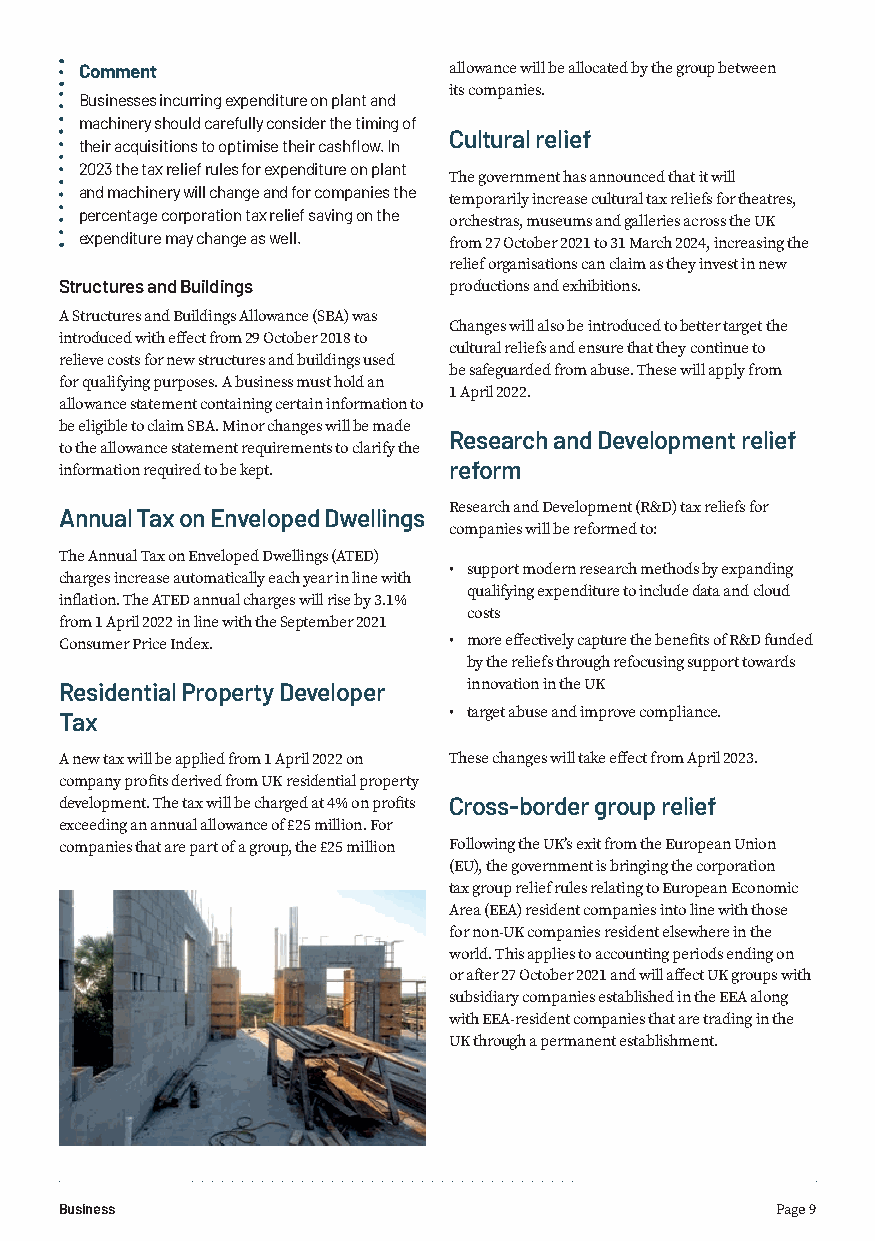
Comment                  allowance will be allocated by the group between
 its companies.
 Businesses incurring expenditure on plant and
 machinery should carefully consider the timing of
 Cultural relief
 their acquisitions to optimise their cashflow. In
 2023 the tax relief rules for expenditure on plant
 The government has announced that it will
 and machinery will change and for companies the
 temporarily increase cultural tax reliefs for theatres,
 percentage corporation tax relief saving on the
 orchestras, museums and galleries across the UK
 expenditure may change as well.
 from 27 October 2021 to 31 March 2024, increasing the
 relief organisations can claim as they invest in new
 Structures and Buildings  productions and exhibitions.
 A Structures and Buildings Allowance (SBA) was
 Changes will also be introduced to better target the
 introduced with effect from 29 October 2018 to
 cultural reliefs and ensure that they continue to
 relieve costs for new structures and buildings used
 be safeguarded from abuse. These will apply from
 for qualifying purposes. A business must hold an
 1 April 2022.
 allowance statement containing certain information to
 be eligible to claim SBA. Minor changes will be made
 Research and Development relief
 to the allowance statement requirements to clarify the
 information required to be kept. reform
 Annual Tax on Enveloped Dwellings Research and Development (R&D) tax reliefs for
 companies will be reformed to:
 The Annual Tax on Enveloped Dwellings (ATED)
 • support modern research methods by expanding
 charges increase automatically each year in line with
 qualifying expenditure to include data and cloud
 inflation. The ATED annual charges will rise by 3.1%
 costs
 from 1 April 2022 in line with the September 2021
 Consumer Price Index.     • more effectively capture the benefits of R&D funded
 by the reliefs through refocusing support towards
 Residential Property Developer innovation in the UK
 Tax                       • target abuse and improve compliance.
 A new tax will be applied from 1 April 2022 on These changes will take effect from April 2023.
 company profits derived from UK residential property
 development. The tax will be charged at 4% on profits Cross-border group relief
 exceeding an annual allowance of £25 million. For
 companies that are part of a group, the £25 million Following the UK’s exit from the European Union
 (EU), the government is bringing the corporation
 tax group relief rules relating to European Economic
 Area (EEA) resident companies into line with those
 for non-UK companies resident elsewhere in the
 world. This applies to accounting periods ending on
 or after 27 October 2021 and will affect UK groups with
 subsidiary companies established in the EEA along
 with EEA-resident companies that are trading in the
 UK through a permanent establishment.
 Business                                       Page 9